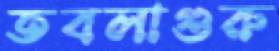
তবলাগুরু